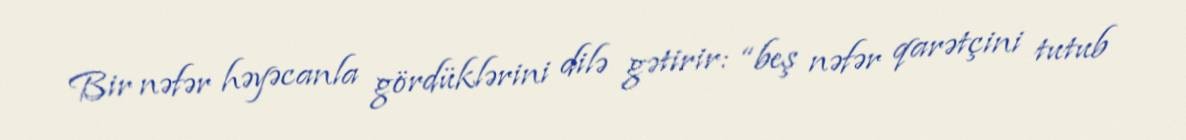
Bir nəfər həyəcanla gördüklərini dilə gətirir: “beş nəfər qarətçini tutub